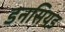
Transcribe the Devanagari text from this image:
डनसियड